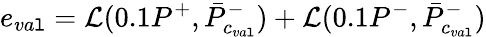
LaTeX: e_{va\mathtt{l}}=\mathcal{{L}}(0.1P^{+},\bar{{P}}_{c_{va\mathtt{l}}}^{-})+\mathcal{{L}}(0.1P^{-},\bar{{P}}_{c_{va\mathtt{l}}}^{-})